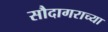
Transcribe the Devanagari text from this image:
सौदागराच्या